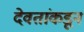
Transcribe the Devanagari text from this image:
देवतांकडून